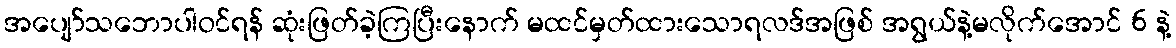
အပျော်သဘောပါဝင်ရန် ဆုံးဖြတ်ခဲ့ကြပြီးနောက် မထင်မှတ်ထားသောရလဒ်အဖြစ် အရွယ်နဲ့မလိုက်အောင် 6 နဲ့